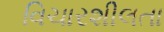
વિચારશીલતા